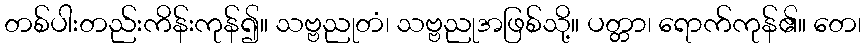
တစ်ပါးတည်းကိန်းကုန်၍။ သဗ္ဗညုတံ၊ သဗ္ဗညုအဖြစ်သို့။ ပတ္တာ၊ ရောက်ကုန်၏။ တေ၊